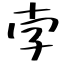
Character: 孛